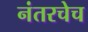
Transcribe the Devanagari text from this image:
नंतरचेच